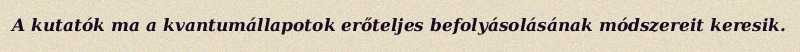
A kutatók ma a kvantumállapotok erőteljes befolyásolásának módszereit keresik.